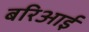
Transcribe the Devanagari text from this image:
बरिआई